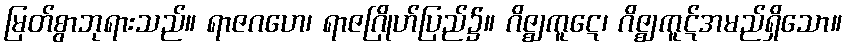
မြတ်စွာဘုရားသည်။ ရာဇဂဟေ၊ ရာဇဂြိုဟ်ပြည်၌။ ဂိဇ္ဈကူဋေ၊ ဂိဇ္ဈကူဋ်အမည်ရှိသော။